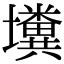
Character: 𡓴